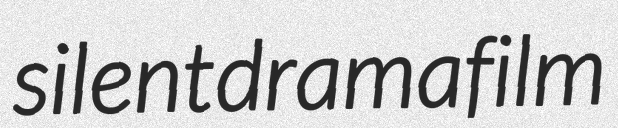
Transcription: silent drama film